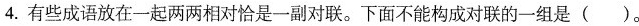
4.有些成语放在一起两两相对恰是一副对联。下面不能构成对联的一组是()。